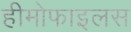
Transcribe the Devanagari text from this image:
हीमोफाइलस